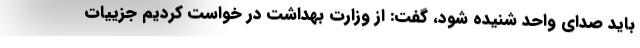
باید صدای واحد شنیده شود، گفت: از وزارت بهداشت در خواست کردیم جزییات